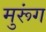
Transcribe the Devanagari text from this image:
मुरूंग